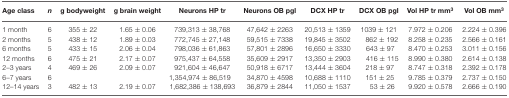
| Age class | n | g bodyweight | g brain weight | Neurons HP tr | Neurons OB pgl | DCX HP tr | DCX OB pgl | Vol HP tr mm3 | Vol OB mm3 |
 | --- | --- | --- | --- | --- | --- | --- | --- | --- | --- |
 | 1 month | 6 | 355 ± 22 | 1.65 ± 0.06 | 739,313 ± 38,768 | 47,642 ± 2263 | 20,513 ± 1359 | 1039 ± 121 | 7.972 ± 0.206 | 2.224 ± 0.396 |
 | 2 months | 5 | 438 ± 12 | 1.89 ± 0.03 | 772,745 ± 27,148 | 59,515 ± 7338 | 19,845 ± 3502 | 862 ± 192 | 8.258 ± 0.235 | 2.566 ± 0.161 |
 | 6 months | 5 | 433 ± 15 | 2.06 ± 0.04 | 798,036 ± 61,863 | 57,801 ± 2896 | 16,650 ± 3330 | 643 ± 97 | 8.470 ± 0.253 | 3.011 ± 0.156 |
 | 12 months | 6 | 475 ± 21 | 2.17 ± 0.07 | 975,437 ± 64,558 | 35,609 ± 2917 | 13,350 ± 2903 | 416 ± 115 | 8.990 ± 0.380 | 2.614 ± 0.138 |
 | 2–3 years | 4 | 469 ± 26 | 2.09 ± 0.07 | 921,604 ± 46,647 | 50,918 ± 6717 | 13,444 ± 3604 | 218 ± 97 | 8.747 ± 0.318 | 2.392 ± 0.178 |
 | 6–7 years | 6 |  |  | 1,354,974 ± 86,519 | 34,870 ± 4598 | 10,688 ± 1110 | 151 ± 25 | 9.785 ± 0.379 | 2.737 ± 0.150 |
 | 12–14 years | 3 | 482 ± 13 | 2.19 ± 0.07 | 1,682,386 ± 138,693 | 36,879 ± 2844 | 11,050 ± 1537 | 53 ± 26 | 9.920 ± 0.578 | 2.666 ± 0.190 |